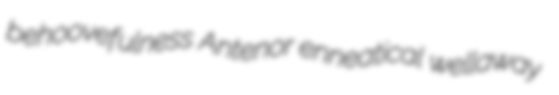
behoovefulness Antenor enneatical wellaway